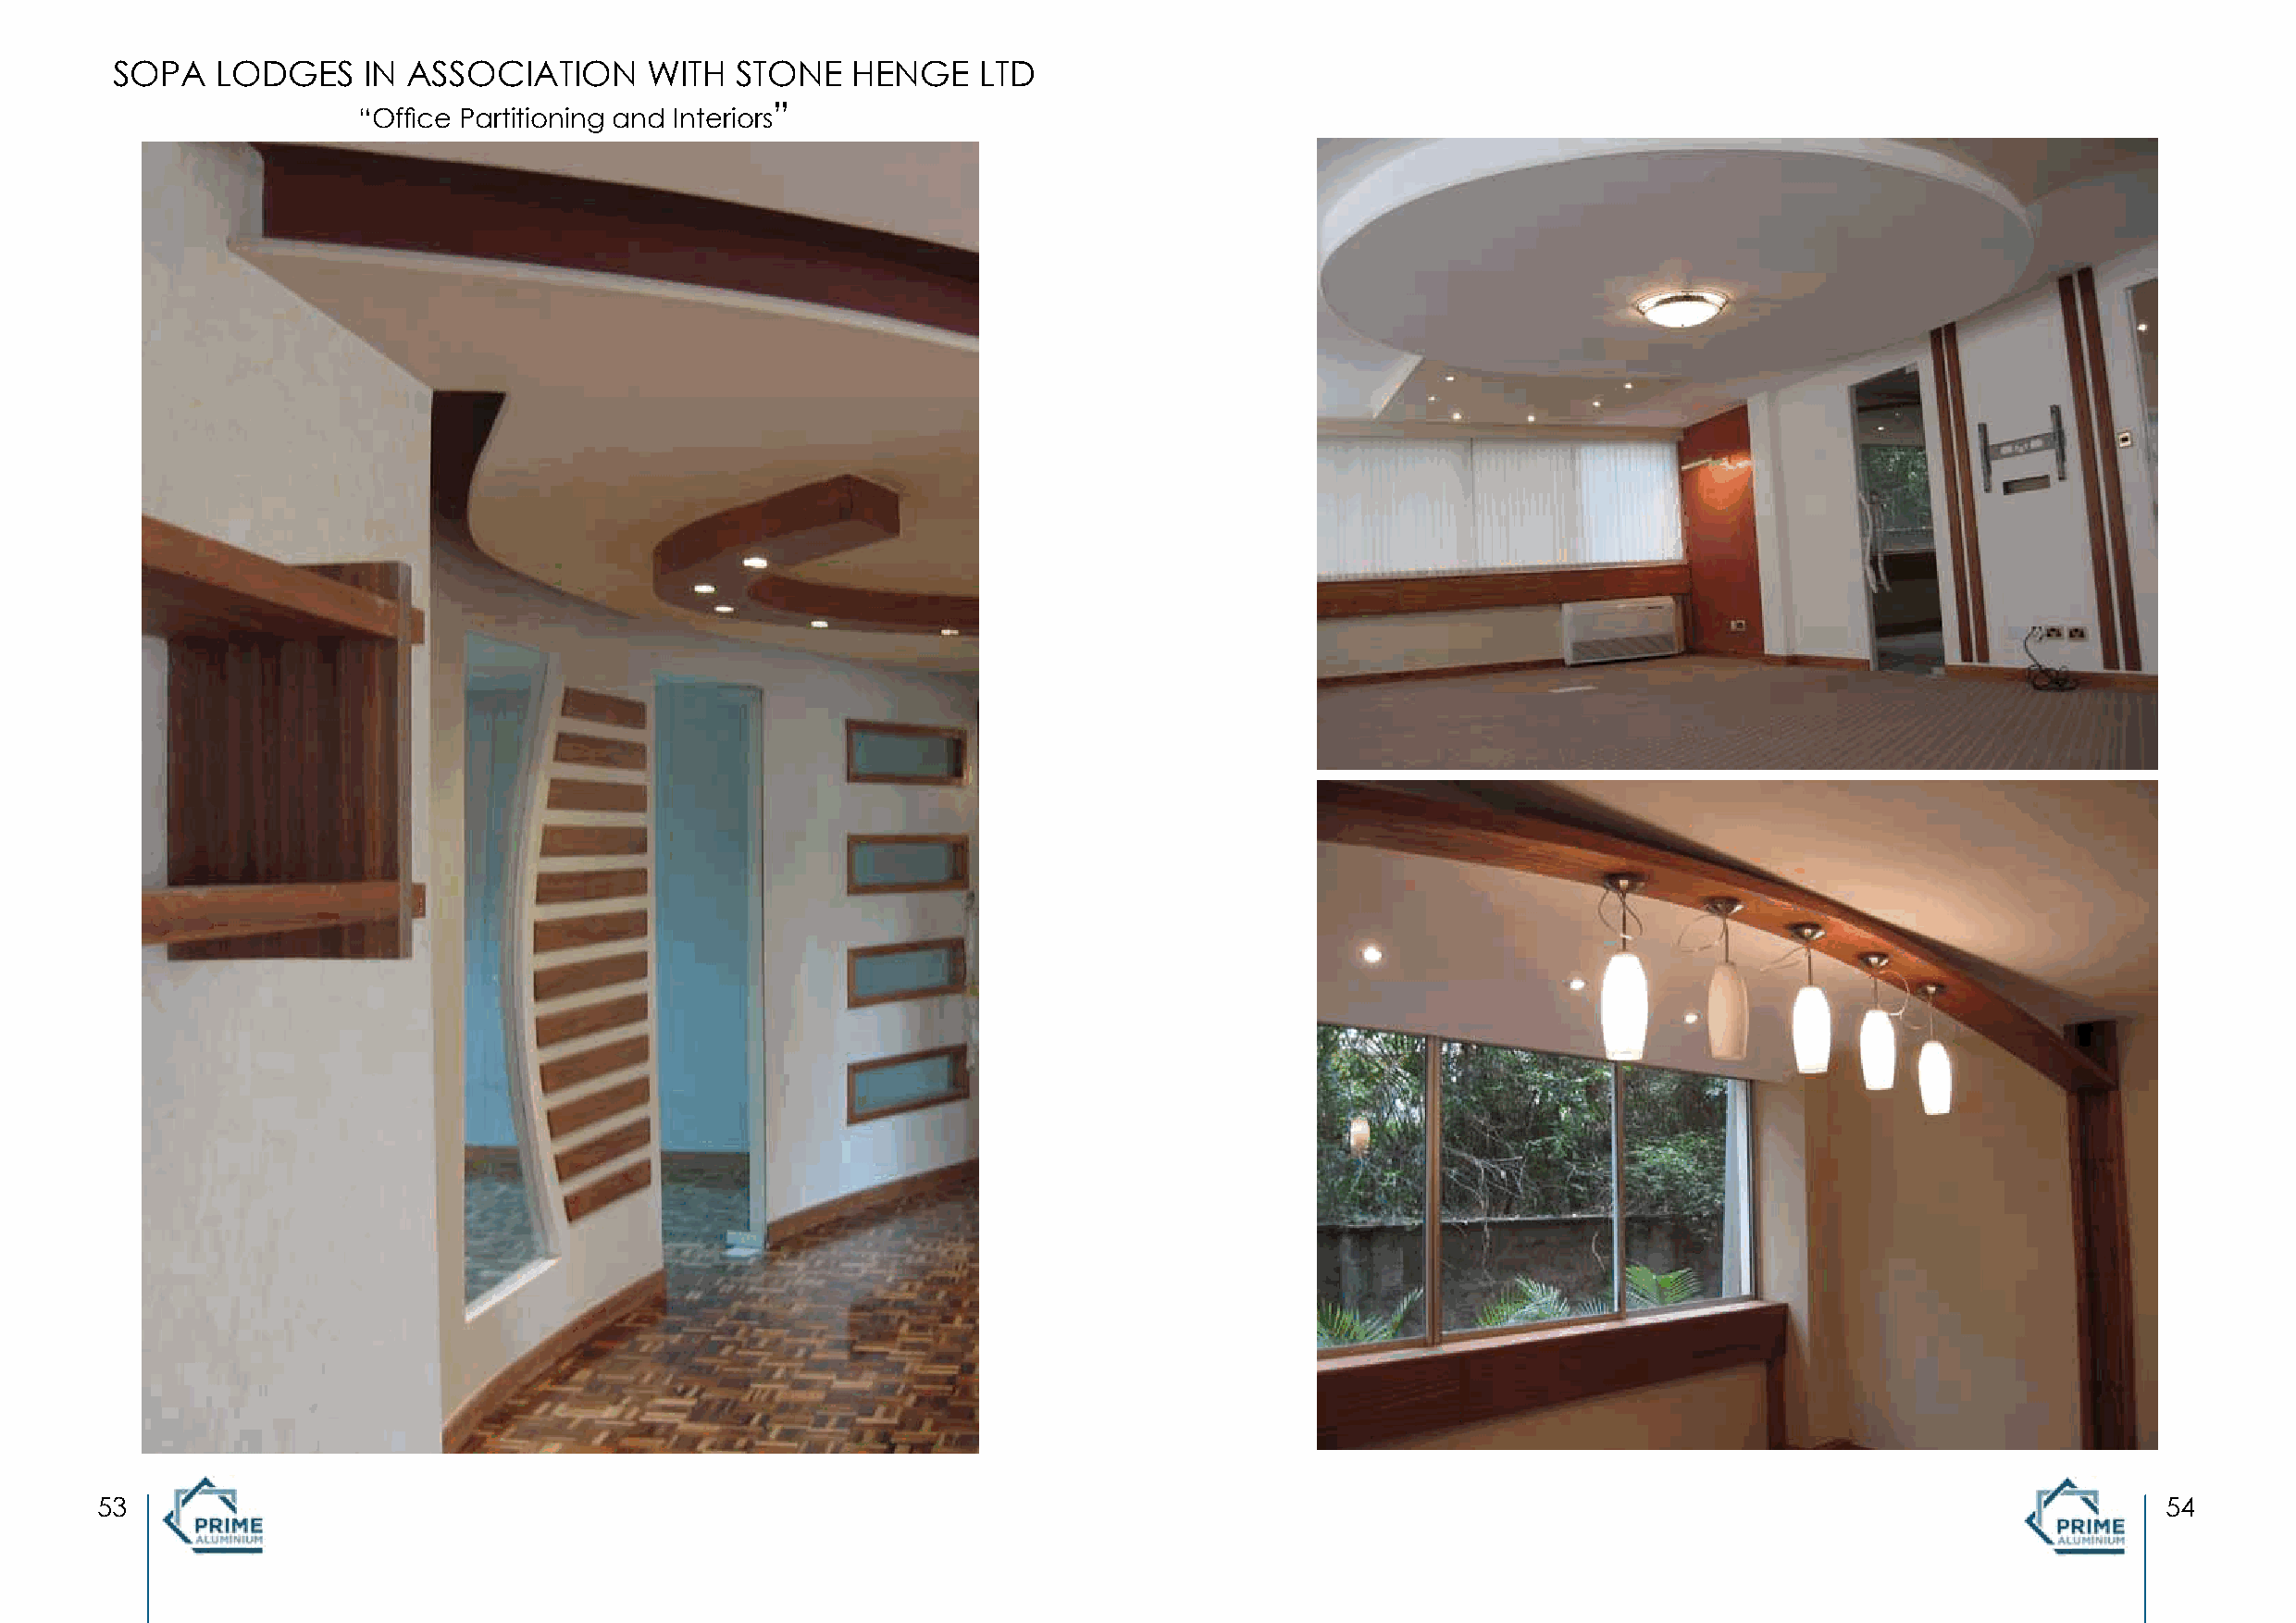
SOPA   LODGES     IN ASSOCIATION      WITH   STONE   HENGE    LTD
 “Office Partitioning and Interiors”
 53                                                                                                                                                  54